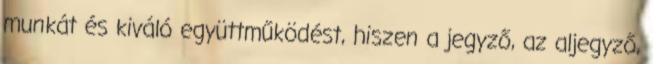
munkát és kiváló együttműködést, hiszen a jegyző, az aljegyző,